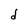
Character: d